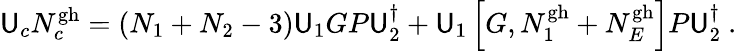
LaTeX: \mathsf{U}_{c}N_{c}^{\mathrm{{gh}}}=(N_{1}+N_{2}-3)\mathsf{U}_{1}GP\mathsf{U}_{2}^{\dagger}+\mathsf{U}_{1}\left[G,N_{1}^{\mathrm{{gh}}}+N_{E}^{\mathrm{{gh}}}\right]P\mathsf{U}_{2}^{\dagger}\ .